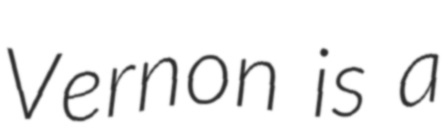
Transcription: Vernon is a